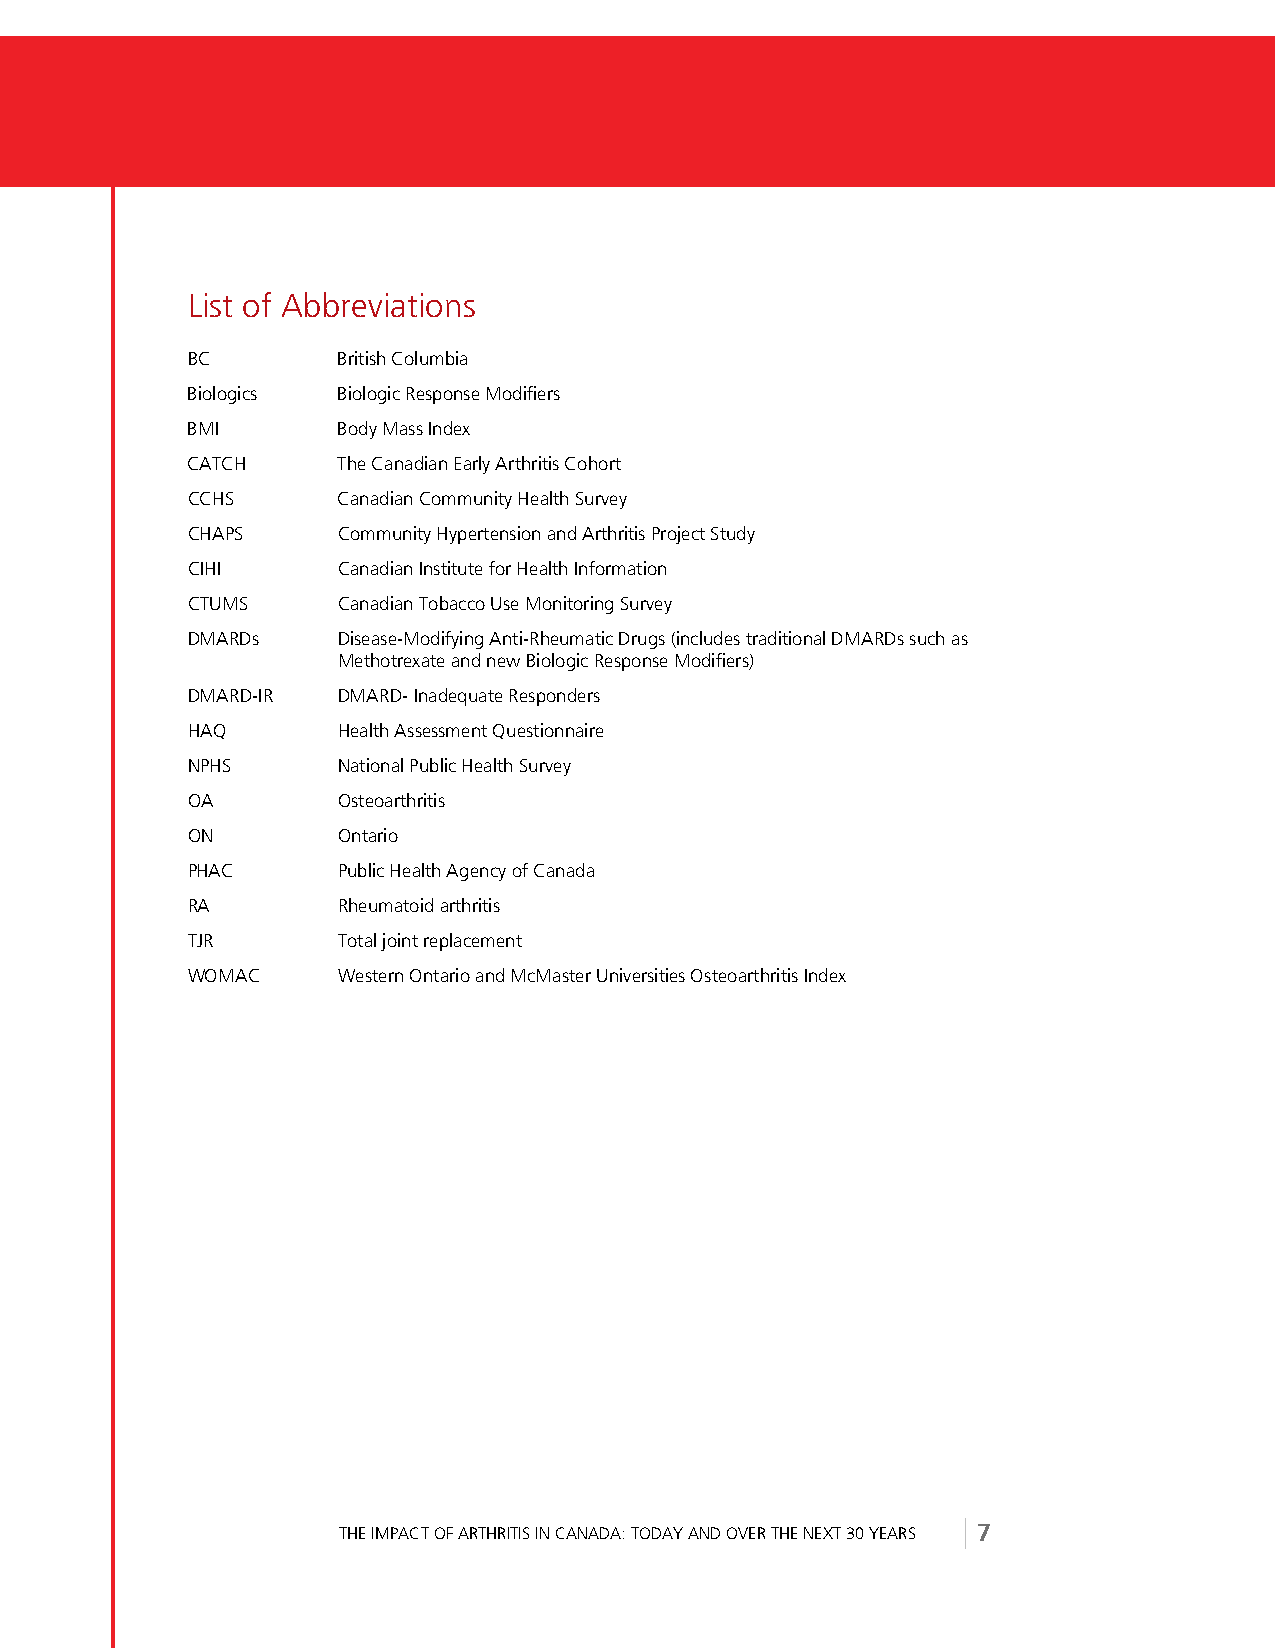
List of Abbreviations
 BC        British Columbia
 Biologics Biologic Response Modifiers
 BMI       Body Mass Index
 CATCH     The Canadian Early Arthritis Cohort
 CCHS      Canadian Community Health Survey
 CHAPS     Community Hypertension and Arthritis Project Study
 CIHI      Canadian Institute for Health Information
 CTUMS     Canadian Tobacco Use Monitoring Survey
 DMARDs    Disease-Modifying Anti-Rheumatic Drugs (includes traditional DMARDs such as
 Methotrexate and new Biologic Response Modifiers)
 DMARD-IR  DMARD- Inadequate Responders
 HAQ       Health Assessment Questionnaire
 NPHS      National Public Health Survey
 OA        Osteoarthritis
 ON        Ontario
 PHAC      Public Health Agency of Canada
 RA        Rheumatoid arthritis
 TJR       Total joint replacement
 WOMAC     Western Ontario and McMaster Universities Osteoarthritis Index
 THE IMPACT OF ARTHRITIS IN CANADA: TODAY AND OVER THE NEXT 30 YEARS 7